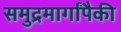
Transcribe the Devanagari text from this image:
समुद्रमार्गांपैकी